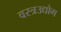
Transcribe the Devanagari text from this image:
वस्त्रउद्योग